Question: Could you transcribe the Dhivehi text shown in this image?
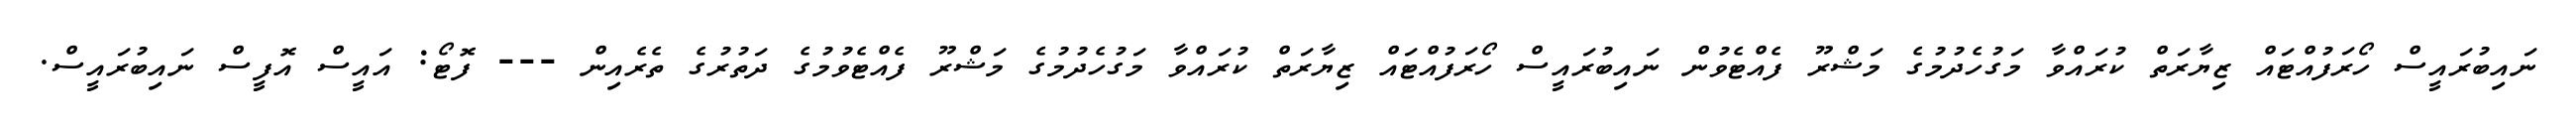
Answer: ނައިބުރައީސް ހޯރަފުއްޓައް ޒިޔާރަތް ކުރައްވާ މަގުހެދުމުގެ މަޝްރޫ ފެއްޓެވުން ނައިބުރައީސް ހޯރަފުއްޓައް ޒިޔާރަތް ކުރައްވާ މަގުހެދުމުގެ މަޝްރޫ ފެއްޓެވުމުގެ ދަތުރުގެ ތެރެއިން --- ފޮޓޯ: އައީސް އޮފީސް ނައިބުރައީސް.